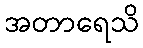
အတာရေသိ